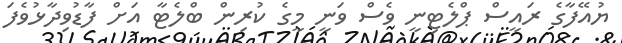
ޔުއޭފާގެ ރައީސް ޕްލެޓިނީ ވެސް ވަނީ މީގެ ކުރިން ބްލެޓާ އަށް ފާޑުވިދާޅުވެފަ